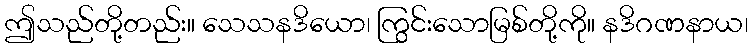
ဤသည်တို့တည်း။ သေသနဒိယော၊ ကြွင်းသောမြစ်တို့ကို။ နဒိဂဏနာယ၊